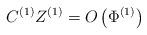
LaTeX: \begin{align*}C^{(1)}Z^{(1)}=O\left( \Phi^{(1)}\right)\end{align*}